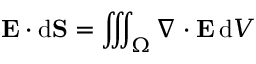
\mathbf { E } \cdot \mathrm { d } \mathbf { S } = \iiint _ { \Omega } \nabla \cdot \mathbf { E } \, \mathrm { d } V